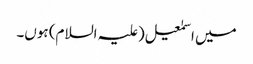
میں اسمٰعیل(علیہ السلام) ہوں۔